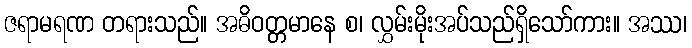
ဇရာမရဏ တရားသည်။ အဓိဝတ္တမာနေ စ၊ လွှမ်းမိုးအပ်သည်ရှိသော်ကား။ အဿ၊